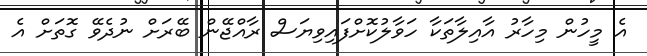
އެ މީހުން މިހާރު އާއިލާތަކާ ހަވާލުކޮށްފައިވިޔަސް ރާއްޖޭން ބޭރަށް ނުދެވޭ ގޮތަށް އެ